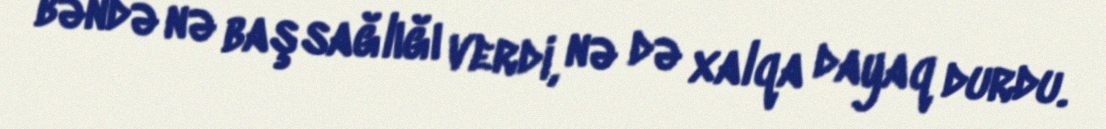
bəndə nə başsağlığı verdi, nə də xalqa dayaq durdu.